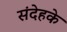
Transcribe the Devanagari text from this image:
संदेहके